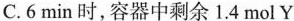
C.6min时，容器中剩余1.4mol Y